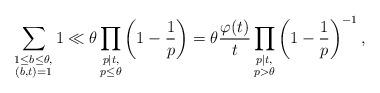
LaTeX: \begin{align*} \sum_{\substack{1 \leq b \leq \theta,\\(b,t)=1}} 1 \ll \theta \prod_{\substack{p \mid t,\\p \leq \theta}} \left(1 - \frac{1}{p} \right) = \theta \frac{\varphi(t)}{t} \prod_{\substack{p \mid t,\\p > \theta}} \left(1 - \frac{1}{p} \right)^{-1},\end{align*}